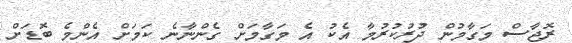
ރޮޖާސް މަގާމުން ދުރުކުރުމާ އެކު އެ މަގާމަށް ގެންނާނެ ކަމަށް އެންމެ ބޮޑަށް